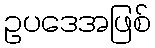
ဥပဒေအဖြစ်